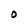
Character: O